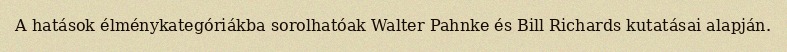
A hatások élménykategóriákba sorolhatóak Walter Pahnke és Bill Richards kutatásai alapján.